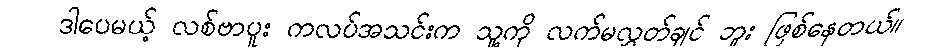
ဒါပေမယ့် လစ်ဗာပူး ကလပ်အသင်းက သူ့ကို လက်မလွှတ်ချင် ဘူး ဖြစ်နေတယ်။